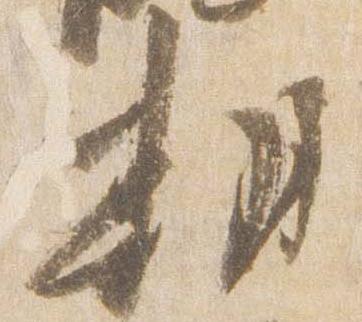
期